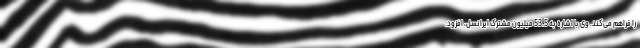
را فراهم می‌کند. وی با اشاره به 53.5 میلیون مشترک ایرانسل، افزود: